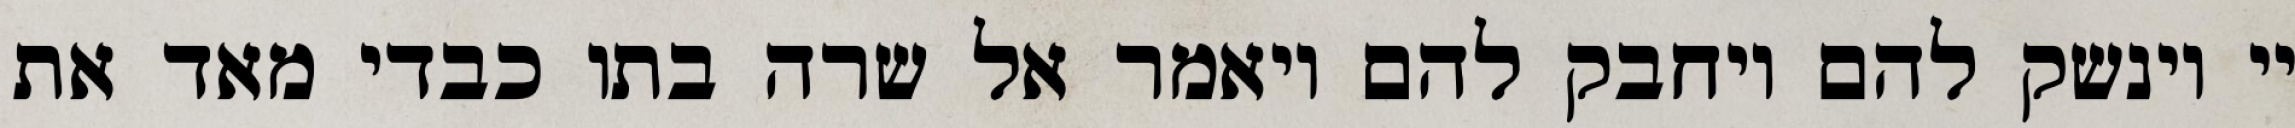
יי וינשק להם ויחבק להם ויאמר אל שרה בתו כבדי מאד את